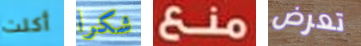
أكلت شكرا منع تعرض